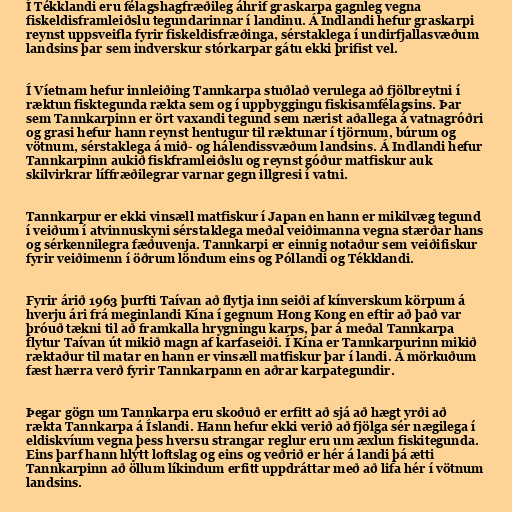
Í Tékklandi eru félagshagfræðileg áhrif graskarpa gagnleg vegna
fiskeldisframleiðslu tegundarinnar í landinu. Á Indlandi hefur graskarpi
reynst uppsveifla fyrir fiskeldisfræðinga, sérstaklega í undirfjallasvæðum
landsins þar sem indverskur stórkarpar gátu ekki þrifist vel.

Í Víetnam hefur innleiðing Tannkarpa stuðlað verulega að fjölbreytni í
ræktun fisktegunda rækta sem og í uppbyggingu fiskisamfélagsins. Þar
sem Tannkarpinn er ört vaxandi tegund sem nærist aðallega á vatnagróðri
og grasi hefur hann reynst hentugur til ræktunar í tjörnum, búrum og
vötnum, sérstaklega á mið- og hálendissvæðum landsins. Á Indlandi hefur
Tannkarpinn aukið fiskframleiðslu og reynst góður matfiskur auk
skilvirkrar líffræðilegrar varnar gegn illgresi í vatni.

Tannkarpur er ekki vinsæll matfiskur í Japan en hann er mikilvæg tegund
í veiðum í atvinnuskyni sérstaklega meðal veiðimanna vegna stærðar hans
og sérkennilegra fæðuvenja. Tannkarpi er einnig notaður sem veiðifiskur
fyrir veiðimenn í öðrum löndum eins og Póllandi og Tékklandi.

Fyrir árið 1963 þurfti Taívan að flytja inn seiði af kínverskum körpum á
hverju ári frá meginlandi Kína í gegnum Hong Kong en eftir að það var
þróuð tækni til að framkalla hrygningu karps, þar á meðal Tannkarpa
flytur Taívan út mikið magn af karfaseiði. Í Kína er Tannkarpurinn mikið
ræktaður til matar en hann er vinsæll matfiskur þar í landi. Á mörkuðum
fæst hærra verð fyrir Tannkarpann en aðrar karpategundir.

Þegar gögn um Tannkarpa eru skoðuð er erfitt að sjá að hægt yrði að
rækta Tannkarpa á Íslandi. Hann hefur ekki verið að fjölga sér nægilega í
eldiskvíum vegna þess hversu strangar reglur eru um æxlun fiskitegunda.
Eins þarf hann hlýtt loftslag og eins og veðrið er hér á landi þá ætti
Tannkarpinn að öllum líkindum erfitt uppdráttar með að lifa hér í vötnum
landsins.